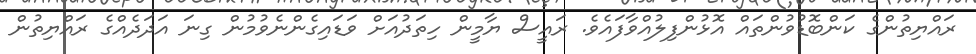
ރައްޔިތުންގެ ކަންބޮޑުވުންތައް އޮޅުންފިލުއްވާފައެވެ. ރައީސް ޔާމީން ހިތަދުއަށް ވަޑައިގެންނެވުމުން ގިނަ އަދަދެއްގެ ރައްޔިތުން